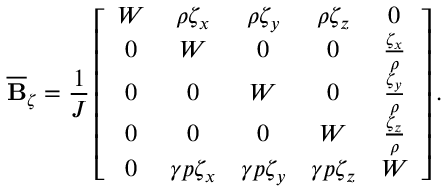
\overline { { \mathbf { B } } } _ { \zeta } = \frac { 1 } { J } \left[ \begin{array} { c c c c c } { W } & { \rho \zeta _ { x } } & { \rho \zeta _ { y } } & { \rho \zeta _ { z } } & { 0 } \\ { 0 } & { W } & { 0 } & { 0 } & { \frac { \zeta _ { x } } { \rho } } \\ { 0 } & { 0 } & { W } & { 0 } & { \frac { \zeta _ { y } } { \rho } } \\ { 0 } & { 0 } & { 0 } & { W } & { \frac { \zeta _ { z } } { \rho } } \\ { 0 } & { \gamma p \zeta _ { x } } & { \gamma p \zeta _ { y } } & { \gamma p \zeta _ { z } } & { W } \end{array} \right] .